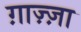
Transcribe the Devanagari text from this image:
ग़ाज़्ज़ा